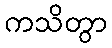
ကသိတွာ